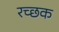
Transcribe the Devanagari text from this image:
रच्‍छक